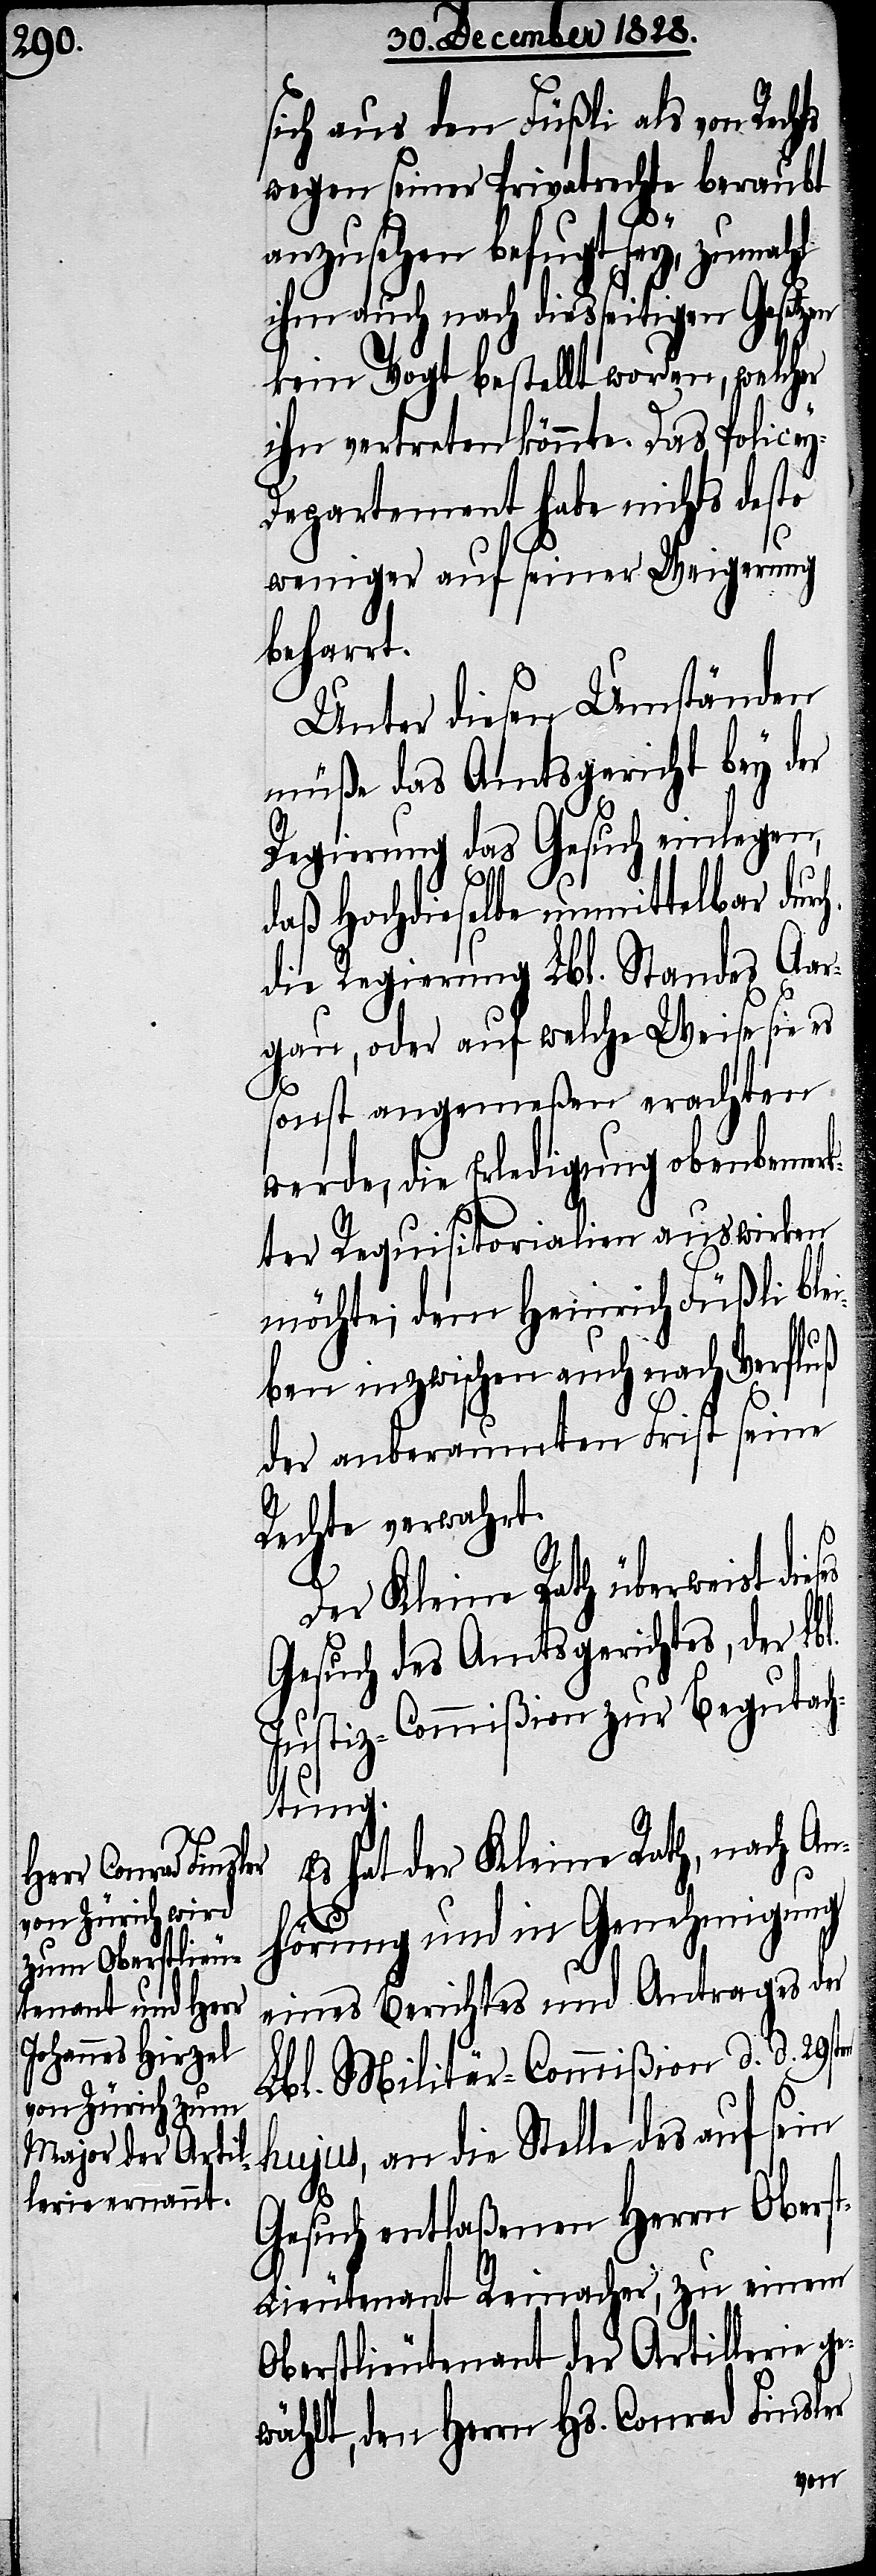
sich aus den Füßli als von Rechts
wegen seiner Privatrechte beraubt
anzusehen befugt sey, zumahl
ihm auch nach diesseitigen Gesetzen
kein Vogt bestellt worden, welcher
ihn vertreten könnte. Das Police¬
epartement habe nichts desto
weniger auf seiner Weigerung
beharrt.
Unter diesen Umständen
müße das Amtsgericht bey der
Regierung das Gesuch einlegen,
l.
daß Hochdieselbe unmittelbar durch
die Regierung Lbl. Standes Aar¬
gau, oder auf welche Weise sie es
sonst angemeßen erachten
werde, die Erledigung obenbemer¬
kter Requisitorialien auswirken
möchte; dem Heinrich Füßli ble¬
iben inzwischen auch nach Verfluß
der anberaumten Frist seine
Rechte verwahrt.
Der Kleine Rath überweist die¬
Gesuch des Amtsgerichtes, der Lb¬
Justiz-Commißion zur Begutac¬
htung.
Es hat der Kleine Rath, nach An¬
ten
hörung und in Genehmigung
eines Berichtes und Antrages der
Lbl. Militär-Commißion d. d. 29s¬
hujus, an die Stelle des auf sein
Gesuch entlaßenen Herrn Obers¬
t-Lieutenant Reinacher zu einem
Oberlieutenant der Artillerie g¬
ewählt, den Herrn Hs. Conrad Finsler